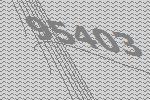
95403